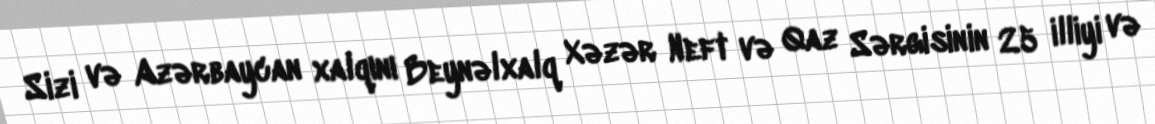
Sizi və Azərbaycan xalqını Beynəlxalq Xəzər Neft və Qaz Sərgisinin 25 illiyi və